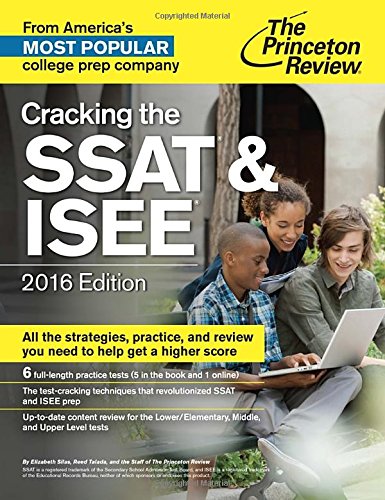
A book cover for Cracking the SSAT & ISEE, 2016 Edition (Private Test Preparation); Princeton Review; Test Preparation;